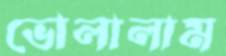
ভোলালাম